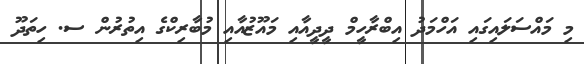
މި މައްސަލައިގައި އަހްމަދު އިބްރާހީމް ދީދީއާއި މައޫޒުއާއި މުބާރިކްގެ އިތުރުން ސ. ހިތަދޫ